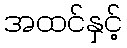
အထင်နှင့်